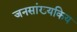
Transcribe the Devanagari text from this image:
जनसांख्यकिय